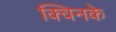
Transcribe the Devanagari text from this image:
क्विनके